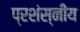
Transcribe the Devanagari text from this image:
प्रशंस्नीय